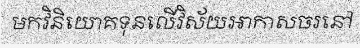
មកវិនិយោគទុនលើវិស័យអាកាសចរនៅ